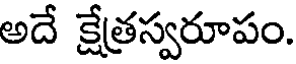
అదే క్షేత్రస్వరూపం.